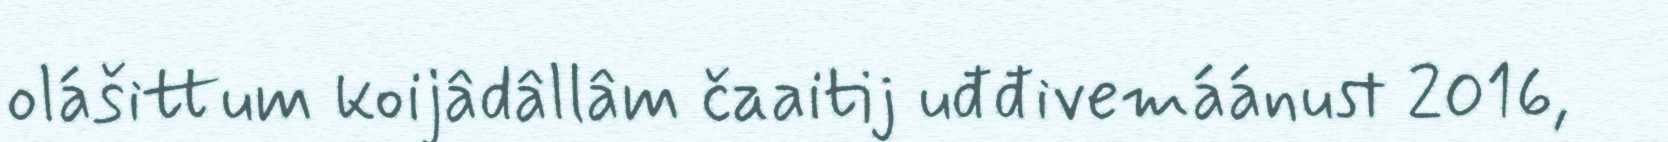
olášittum koijâdâllâm čaaitij uđđivemáánust 2016,